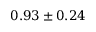
0 . 9 3 \pm 0 . 2 4